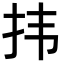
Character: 𪭝